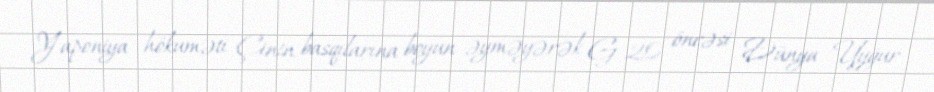
Yaponiya hökuməti Çinin basqılarına boyun əyməyərək G-20 öncəsi Dünya Uyğur